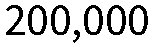
200,000